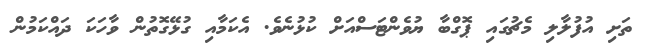
ތަށި އުފުލާލި މެޗުގައި ޕޮގްބާ ޔުވެންޓަސްއަށް ކުޅުނެވެ. އެކަމާއި ގުޅޭގޮތުން ވާހަކަ ދައްކަމުން